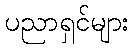
ပညာရှင်များ